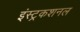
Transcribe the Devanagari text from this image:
इंस्ट्रकशनल